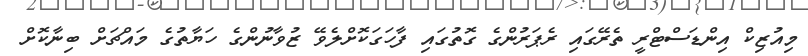
މިއުޒިކް އިންޑަސްޓްރީ ތެރޭގައި ރެޕަރުންގެ ގޮތުގައި ފާހަގަކޮށްލެވޭ ޒުވާނުންގެ ހަޔާތުގެ މައްޗަށް ބިނާކޮށް